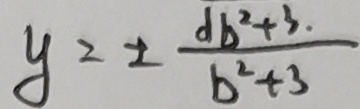
y = \pm \frac { d b ^ { 2 } + 3 } { b ^ { 2 } + 3 }